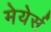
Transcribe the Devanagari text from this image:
मेयेर्स